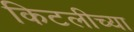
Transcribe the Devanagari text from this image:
किटलीच्या